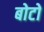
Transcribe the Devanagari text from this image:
बोटो